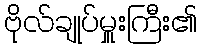
ဗိုလ်ချုပ်မှူးကြီး၏